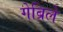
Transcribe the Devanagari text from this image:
गेब्रिले